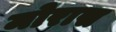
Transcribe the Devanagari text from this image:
मोरास